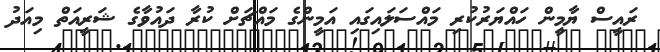
ރައީސް ޔާމީން ހައްޔަރުކުރި މައްސަލައިގައި އަމީންގެ މައްޗަށް ކުރާ ދައުވާގެ ޝަރީއަތް މިއަދު